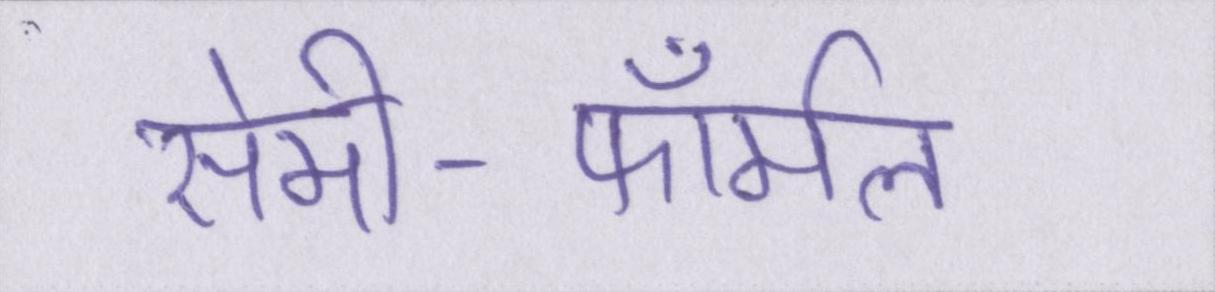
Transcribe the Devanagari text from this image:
सेमी-फॉर्मल